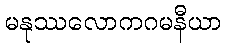
မနုဿလောကဂမနီယာ